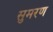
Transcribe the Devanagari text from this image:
सुमरण